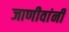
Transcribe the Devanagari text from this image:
जाणीवांनी